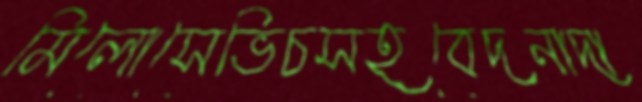
মিলোসেভিচসহবেদনাদা